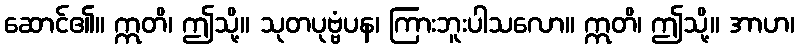
ဆောင်၏။ ဣတိ၊ ဤသို့။ သုတပုဗ္ဗံပန၊ ကြားဘူးပါသလော။ ဣတိ၊ ဤသို့။ အာဟ၊